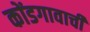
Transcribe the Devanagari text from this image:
कोंडगावाची